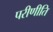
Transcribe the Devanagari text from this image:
परीणीति